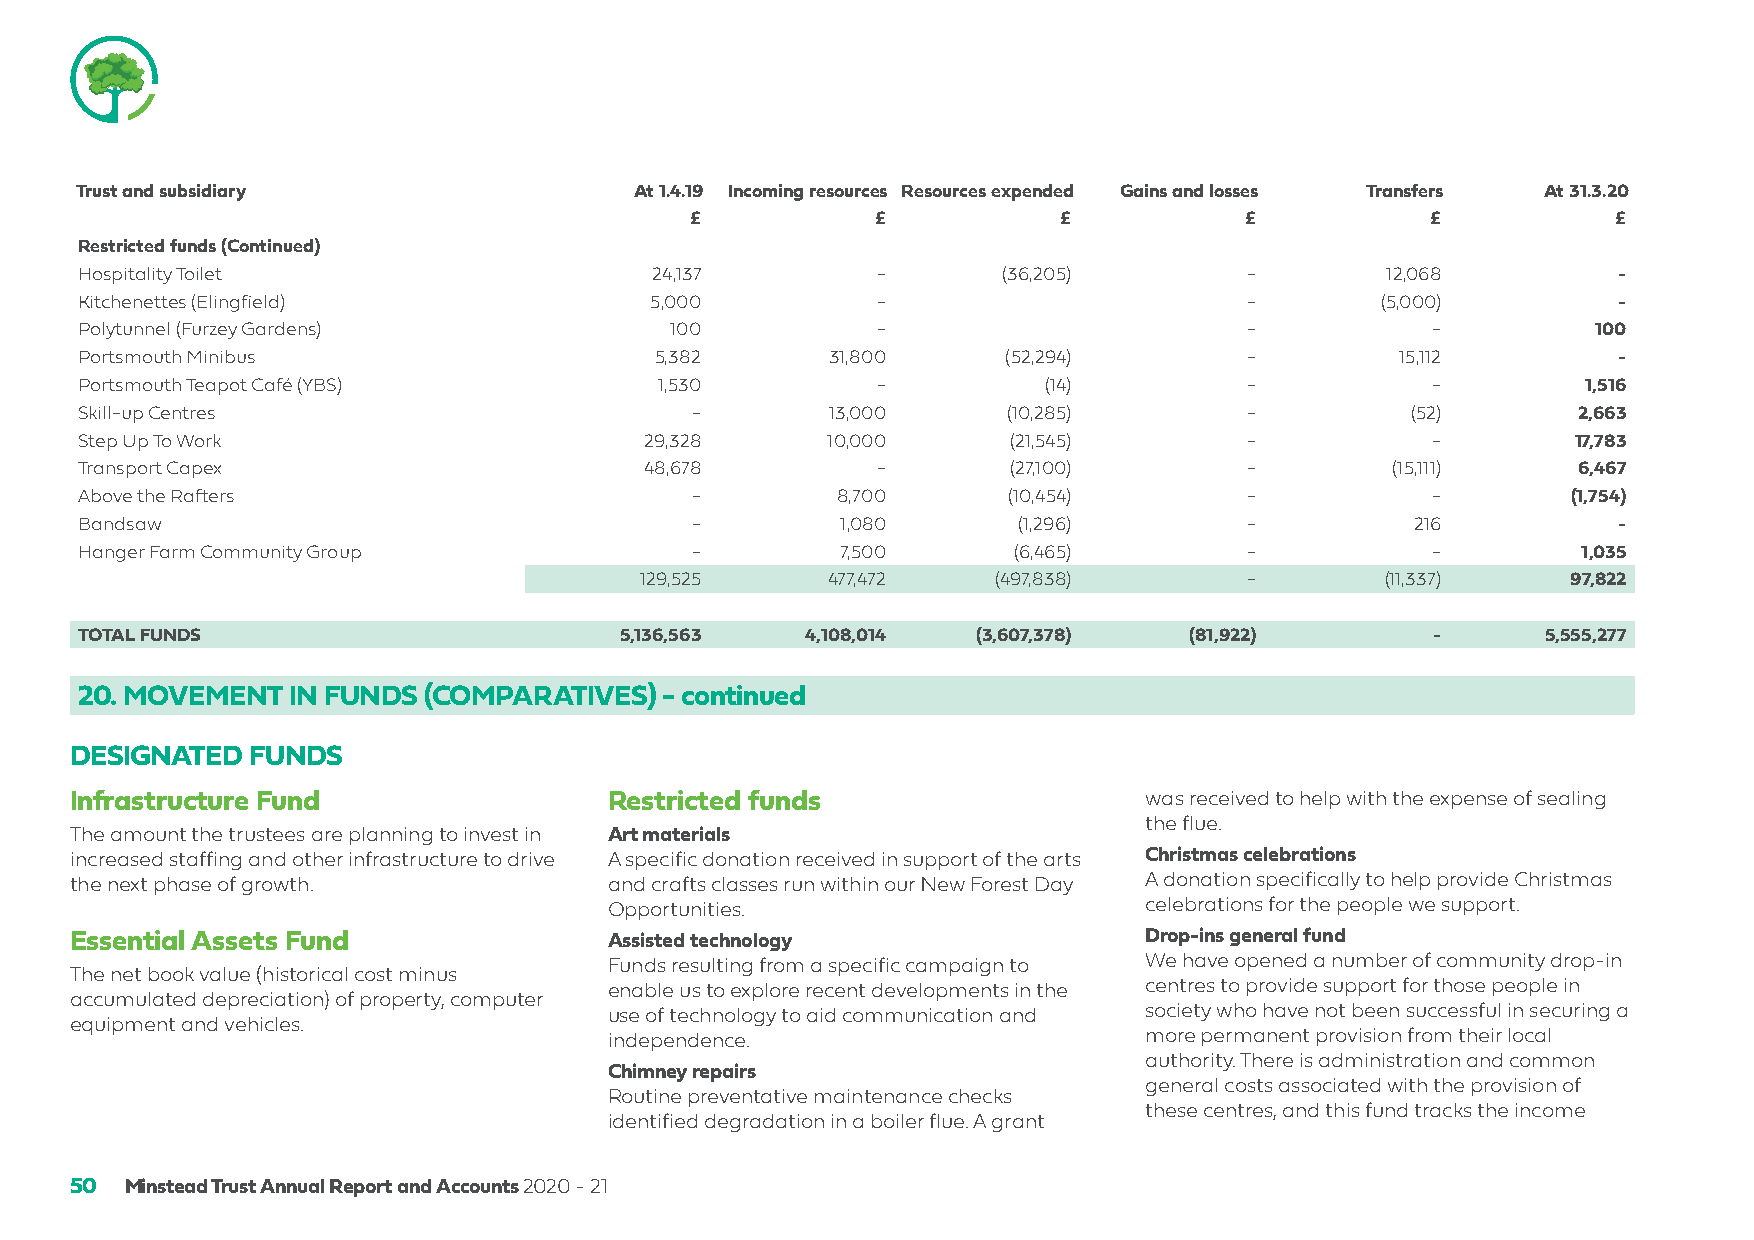
Trust and subsidiary                 At 1.4.19 Incoming resources Resources expended Gains and losses Transfers At 31.3.20
 £           £           £           £            £           £
 Restricted funds (Continued)
 Hospitality Toilet                    24,137         -       (36,205)         -        12,068         -
 Kitchenettes (Elingfield)             5,000          -                        -       (5,000)         -
 Polytunnel (Furzey Gardens)            100           -                        -           -         100
 Portsmouth Minibus                    5,382       31,800     (52,294)         -         15,112        -
 Portsmouth Teapot Café (YBS)          1,530          -          (14)          -           -         1,516
 Skill-up Centres                         -        13,000      (10,285)        -         (52)       2,663
 Step Up To Work                       29,328      10,000      (21,545)        -           -        17,783
 Transport Capex                       48,678         -        (27,100)        -        (15,111)    6,467
 Above the Rafters                        -        8,700       (10,454)        -           -        (1,754)
 Bandsaw                                  -         1,080      (1,296)         -          216          -
 Hanger Farm Community Group              -         7,500      (6,465)         -           -         1,035
 129,525      477,472    (497,838)        -        (11,337)    97,822
 TOTAL FUNDS                         5,136,563   4,108,014   (3,607,378)   (81,922)        -      5,555,277
 20. MOVEMENT  IN FUNDS (COMPARATIVES)  - continued
 DESIGNATED FUNDS
 Infrastructure Fund                Restricted funds                    was received to help with the expense of sealing
 the flue.
 The amount the trustees are planning to invest in Art materials
 increased staffing and other infrastructure to drive A specific donation received in support of the arts Christmas celebrations
 the next phase of growth.          and crafts classes run within our New Forest Day A donation specifically to help provide Christmas
 Opportunities.                      celebrations for the people we support.
 Essential Assets Fund              Assisted technology                 Drop-ins general fund
 Funds resulting from a specific campaign to We have opened a number of community drop-in
 The net book value (historical cost minus
 enable us to explore recent developments in the centres to provide support for those people in
 accumulated depreciation) of property, computer
 use of technology to aid communication and society who have not been successful in securing a
 equipment and vehicles.
 independence.                       more permanent provision from their local
 authority. There is administration and common
 Chimney repairs
 general costs associated with the provision of
 Routine preventative maintenance checks
 these centres, and this fund tracks the income
 identified degradation in a boiler flue. A grant
 50 Minstead Trust Annual Report and Accounts 2020 - 21